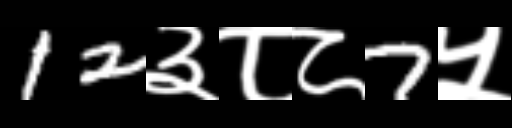
Text: 12३८८7५